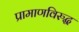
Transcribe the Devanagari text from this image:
प्रामाणविरुद्ध